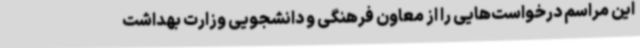
این مراسم درخواست‌هایی را از معاون فرهنگی و دانشجویی وزارت بهداشت